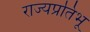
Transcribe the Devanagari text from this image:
राज्यप्रतिभू